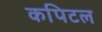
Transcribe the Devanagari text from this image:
कपिटल